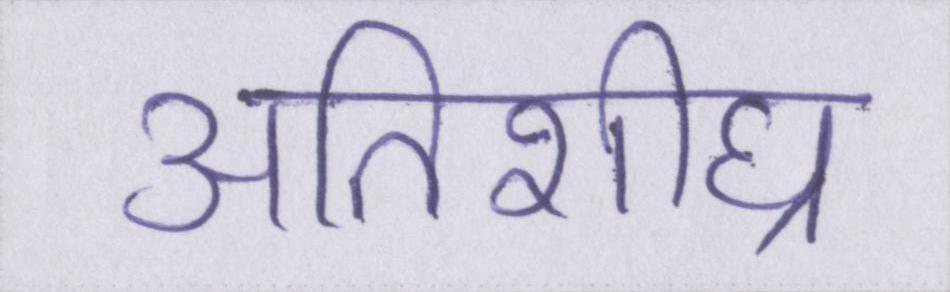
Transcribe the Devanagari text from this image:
अतिशीघ्र